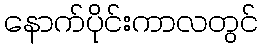
နောက်ပိုင်းကာလတွင်